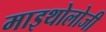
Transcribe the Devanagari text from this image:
माइथोलोजी